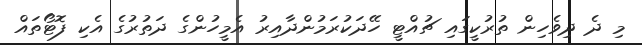
މި ދެ ދިވެހިން ތުރުކީގައި ޗުއްޓީ ހޭދަކުރަމުންދާއިރު އެމީހުންގެ ދަތުރުގެ އެކި ފޮޓޯތައް